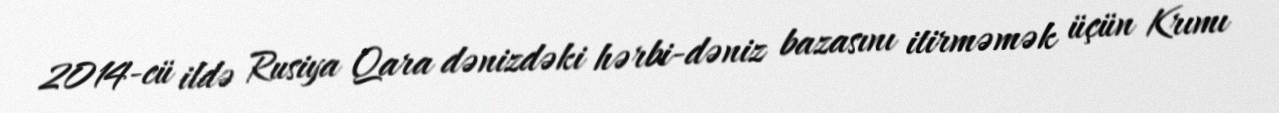
2014-cü ildə Rusiya Qara dənizdəki hərbi-dəniz bazasını itirməmək üçün Krımı